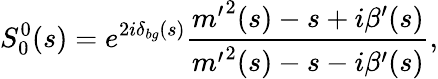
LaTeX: S_{0}^{0}(s)=e^{2i\delta_{bg}(s)}\frac{{m^{\prime}}^{2}(s)-s+i\beta^{\prime}(s)}{{m^{\prime}}^{2}(s)-s-i\beta^{\prime}(s)},